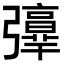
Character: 𢐻